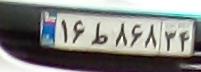
۱۶ط۸۶۸۳۴